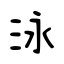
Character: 泳